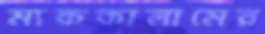
ম্যককালামের